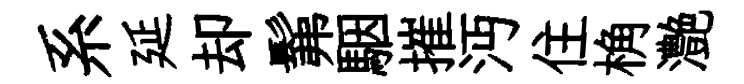
系延却髴駰摧沔住桷灔